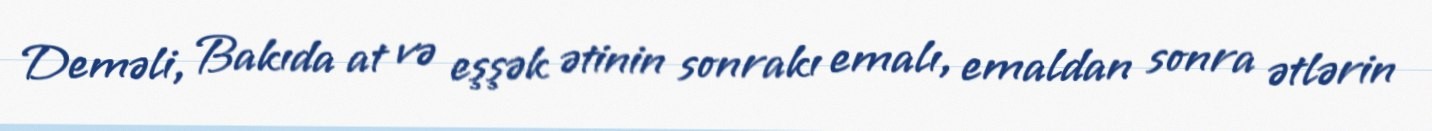
Deməli, Bakıda at və eşşək ətinin sonrakı emalı, emaldan sonra ətlərin